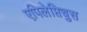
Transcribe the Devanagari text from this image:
एपिलेप्तिचुस